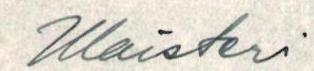
Maisteri